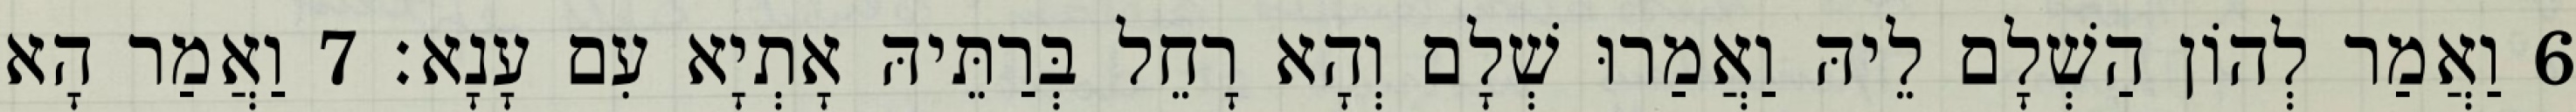
6 וַאֲמַר לְהוֹן הַשְׁלָם לֵיהּ וַאֲמַרוּ שְׁלָם וְהָא רָחֵל בְּרַתֵּיהּ אָתְיָא עִם עָנָא׃ 7 וַאֲמַר הָא